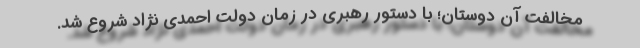
مخالفت آن دوستان؛ با دستور رهبری در زمان دولت احمدی نژاد شروع شد.